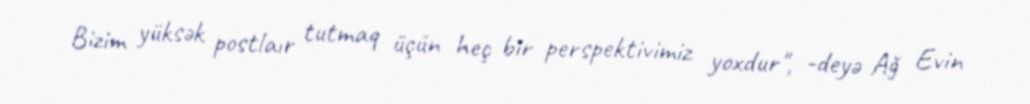
Bizim yüksək postlaır tutmaq üçün heç bir perspektivimiz yoxdur", -deyə Ağ Evin